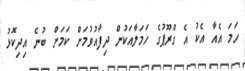
ހަމަ އެއާ އެކު އެ ގްރޫޕުގެ ހަމަލާއަކުން ދިފާއުވުމަށް ކަމަށް ބުނެ އިދިކޮޅު